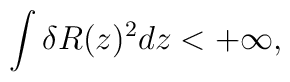
\int \delta R(z)^2dz < +\infty,